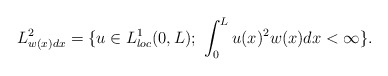
\begin{align*}L^2_{w(x)dx} =\{ u\in L^1_{loc}(0,L);\ \int_0^L u(x)^2 w(x)dx <\infty \}. \end{align*}